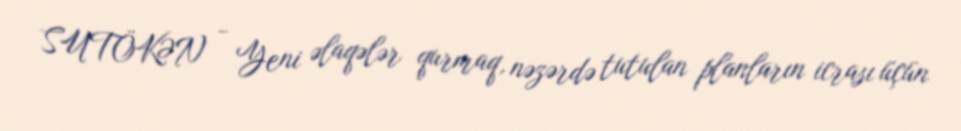
SUTÖKƏN - Yeni əlaqələr qurmaq, nəzərdə tutulan planların icrası üçün